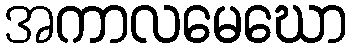
အကာလမေဃော